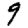
Digit: 9